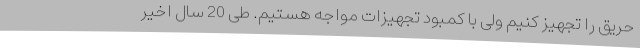
حریق را تجهیز کنیم ولی با کمبود تجهیزات مواجه هستیم. طی 20 سال اخیر